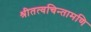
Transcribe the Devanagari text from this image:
श्रीतत्वचिन्तामणि